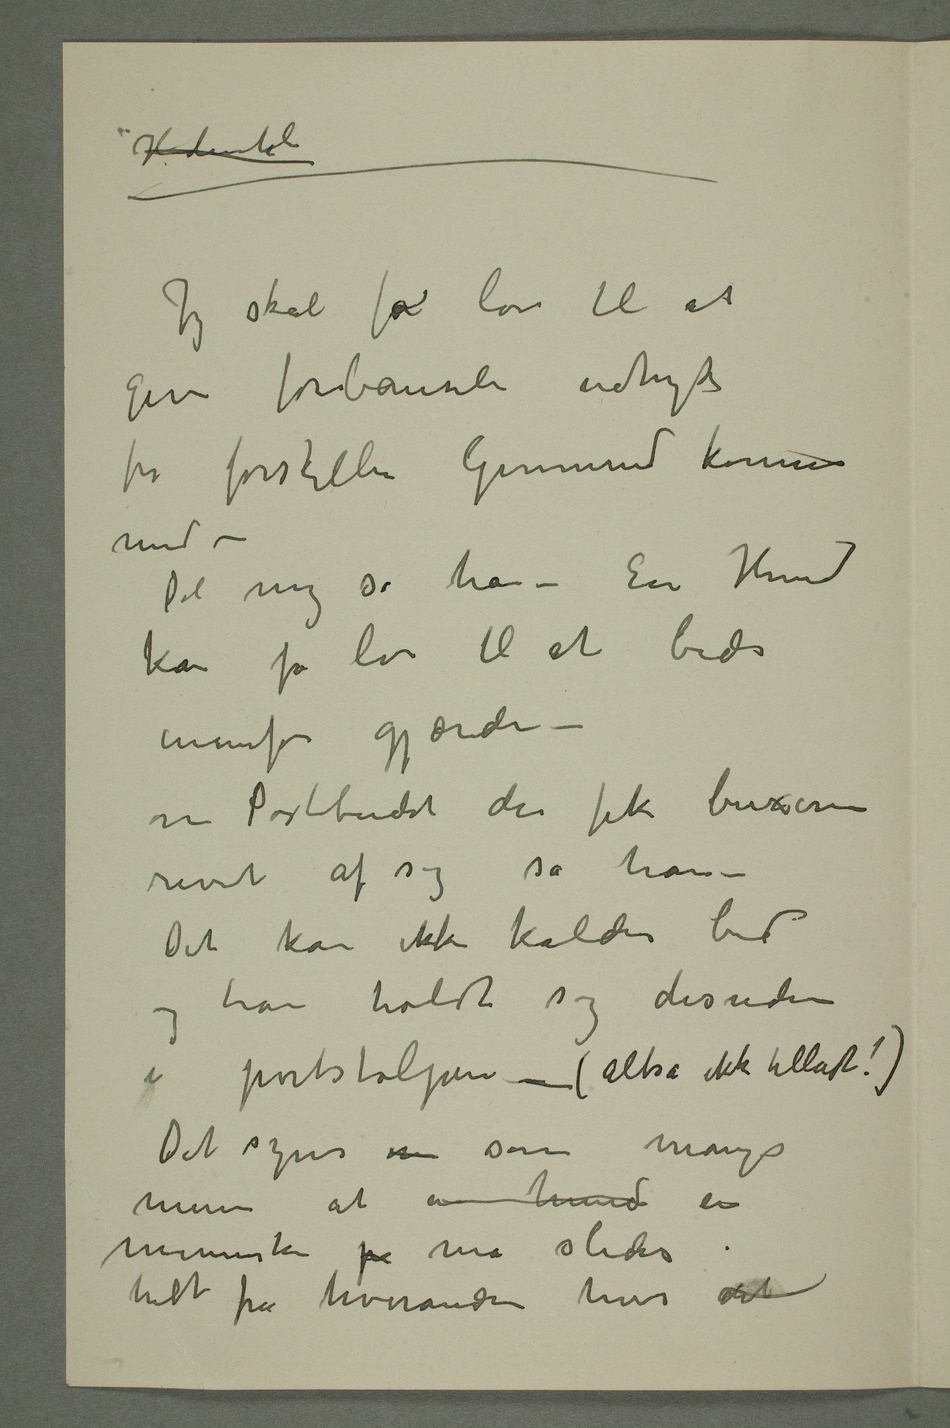
Hidentil
Jeg skal få lov til at
give forbauseli udtryk
for forskjellen Gunnerud kommer
med –
DTil mig sa han – En hund
kan få lov til at bide
innenfor gjærde –
om Postbudet der fik buxerne
revet af sig sa han –
Det kan ikke kaldes bid og
han holdt sig desuden
i portstolpen – (altså ikke tilladt!)
Det synes  som mange
mener at en hund et
menneske p må slides
helt fra hverandre hvis det